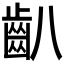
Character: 𪗔